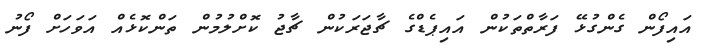
އައިފޯން ގެންގުޅޭ ފަރާތްތަކުން އައިޕެޑްގެ ޗާޖަރަކުން ޗާޖު ކޮށްލުމުން ތަންކޮޅެއް އަވަހަށް ފޯނު